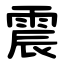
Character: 震